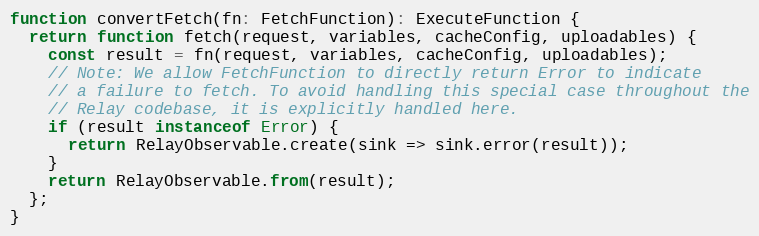
Language: JavaScript
function convertFetch(fn: FetchFunction): ExecuteFunction {
  return function fetch(request, variables, cacheConfig, uploadables) {
    const result = fn(request, variables, cacheConfig, uploadables);
    // Note: We allow FetchFunction to directly return Error to indicate
    // a failure to fetch. To avoid handling this special case throughout the
    // Relay codebase, it is explicitly handled here.
    if (result instanceof Error) {
      return RelayObservable.create(sink => sink.error(result));
    }
    return RelayObservable.from(result);
  };
}